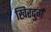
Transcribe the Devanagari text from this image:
खिरदुर्ग